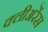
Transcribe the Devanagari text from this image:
क्लीअरेंस